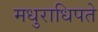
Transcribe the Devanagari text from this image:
मधुराधिपते